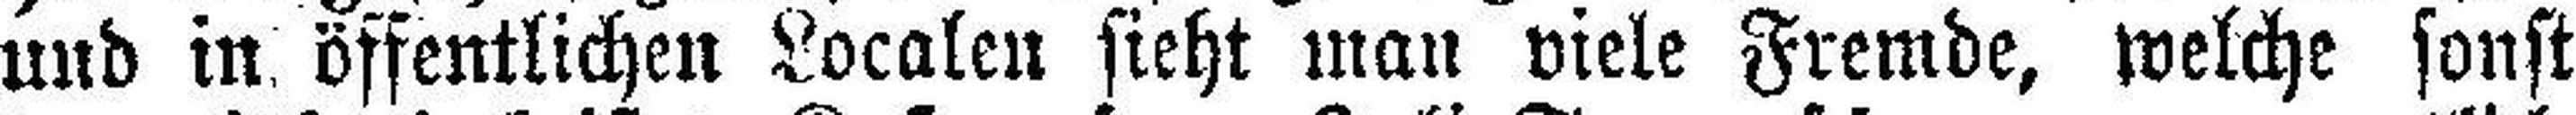
und in öffentlichen Localen sieht man viele Fremde, welche sonst